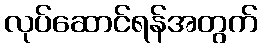
လုပ်ဆောင်ရန်အတွက်